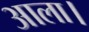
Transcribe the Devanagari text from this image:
आला।